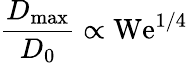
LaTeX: \frac{D_{\mathrm{max}}}{D_{0}}\propto\mathrm{We}^{1/4}